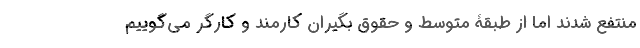
منتفع شدند اما از طبقۀ متوسط و حقوق بگیران کارمند و کارگر می‌گوییم